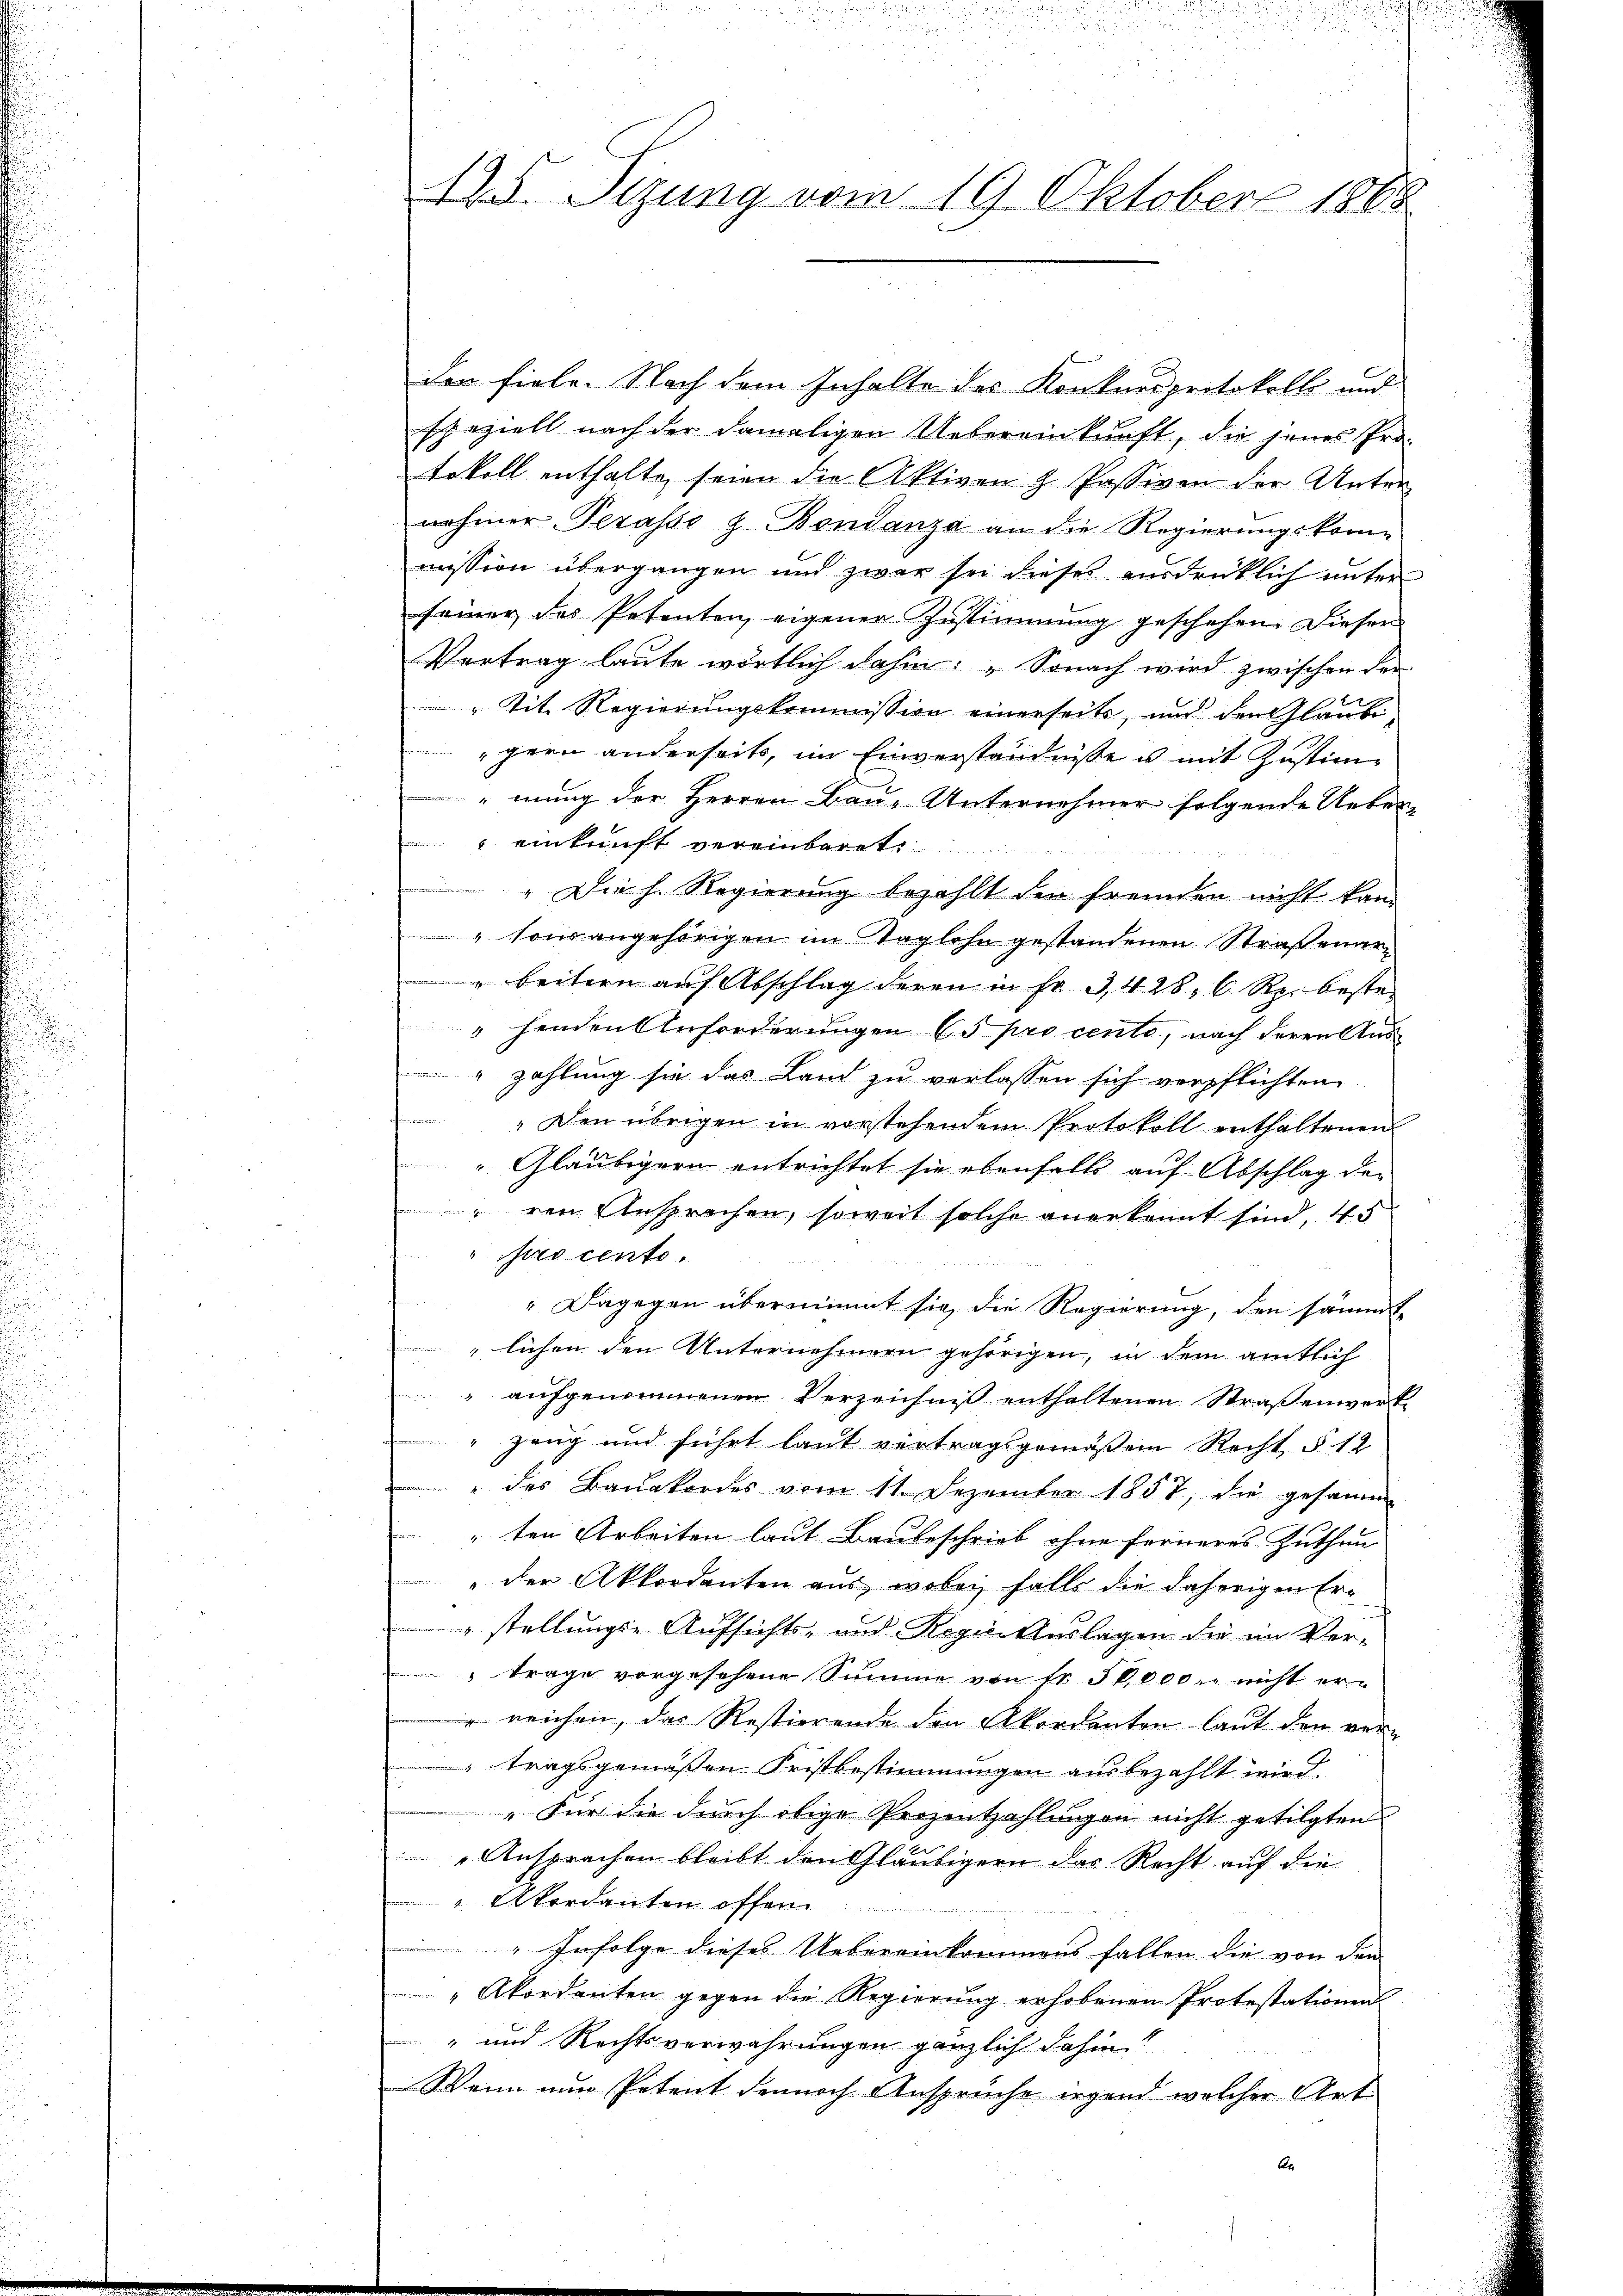
125. Sizung vom 19. Oktober 1868

den fiele. Nach dem Inhalte des Konkursprotokoll und
speziell nach der damaligen Uebereinkunft, die jenes Pro-
tokoll enthalte, seien die Aktiven H. Passiven der Unter
nehmer Terasse z. Bondanza an die Regierungskom-
mission übergangen und zwar sei dieses ausdrücklich unter
seiner des Petenten eigener Zustimmung geschehen. Dieser
Vertrag laute wörtlich dahin: „Sonach wird zwischen der
" tit. Regierungskommission einerseits, und den Gläubigern anderseits, im Einverständnisse u mit Zustimmung der Herren Bau-Unternehmer folgende Unter-
einkunft vereinbaret
Paren
„Die h. Regierung bezahlt den fremden nicht kan-
" sous angehörigen im Taglohn gestandenen Straßenar-
beitern auf Abschlag deren in Fr. 3428, 6 Rp. beste
" henden Anforderungen 65 pro cento, nach deren Aus¬
" zahlung sie das Land zu verlassen sich verpflichten
" Den übrigen in vorstehendem Protokoll enthaltenen
Gläubigern entrichtet sie ebenfalls auf Abschlag der
ren Ansprachen, soweit solche anerkannt sind, 45
" pro cento.
" Dagegen übernimmt sie, die Regierung, den sämmt
lichen den Unternehmern gehörigen, in dem amtlich
aufgenommenen Verzeichniß enthaltenen Straßenwerk¬
Zeug und führt laut vertragsgemäßen Recht § 12
des Bauakordes vom 11. Dezember 1857, die gesamm
"ten Arbeiten laut Baubeschrieb ohne ferneres Zuthun
" der Akkordanten aus, wobei falls die daherigen Ern
"stellungs-Aufsichts- und Regie-Auslagen die im Ver-
trage vorgesehene Summe von Fr. 50,000. nicht er-
u reichen, das Restierende den Akordanten laut den vertragsgemäßen Fristbestimmungen ausbezahlt wird.
"Für die durch obige Prozentzahlungen nicht getilgten
Ansprachen bleibt den Gläubigern das Recht auf die
 Akordanten offen.
 Infolge dieses Uebereinkommens fallen die von den
"Akordanten gegen die Regierung erhobenen Protestationen
" und Rechtsverwahrungen gänzlich dahin?
Wenn nun Petent dennoch Anspruche irgend welcher Art
An